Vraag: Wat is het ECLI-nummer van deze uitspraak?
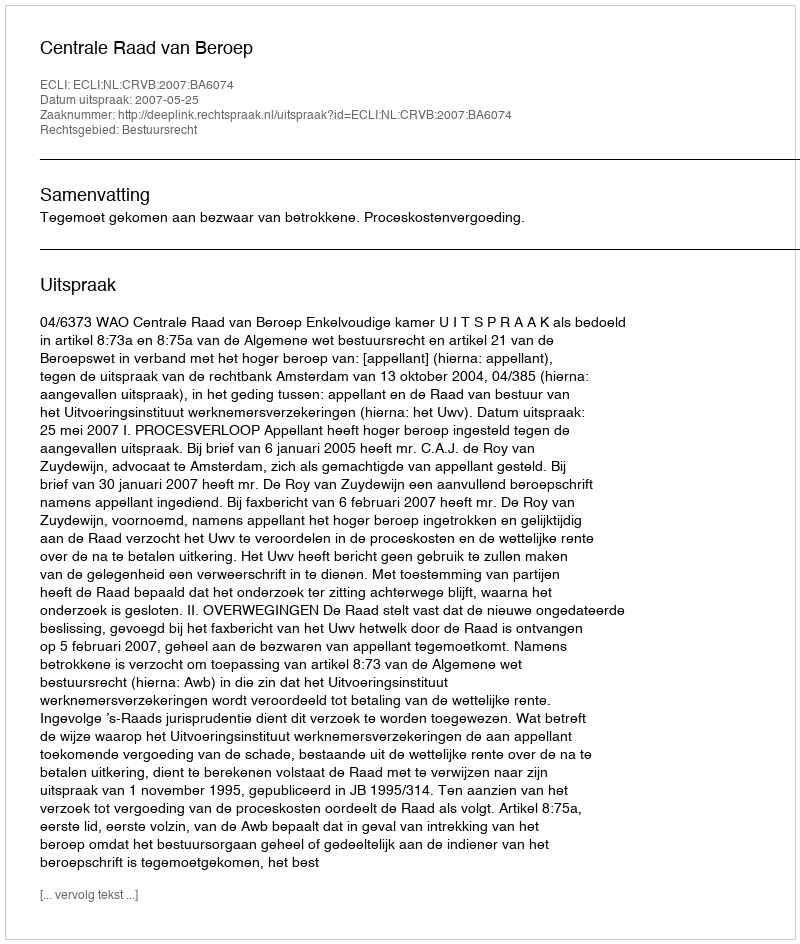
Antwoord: ECLI:NL:CRVB:2007:BA6074